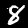
Label: 8